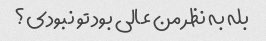
بله به نظر من عالی بود تو نبودی؟